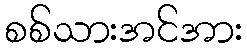
စစ်သားအင်အား